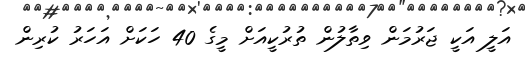
އަލީ އަކީ ޖަރުމަން ވިތާލުން ތުރުކީއަށް މީގެ 40 ހަކަށް އަހަރު ކުރިން